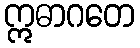
ဣဓာဂတေ